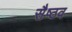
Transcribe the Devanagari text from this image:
सैष्ठव